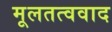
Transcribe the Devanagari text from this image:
मूलतत्ववाद